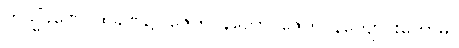
တသ္မိံခဏေ၊ ထိုခဏ၌။ ဇေတဝနတော၊ ဇေတဝန်ကျောင်းတော်မှ။